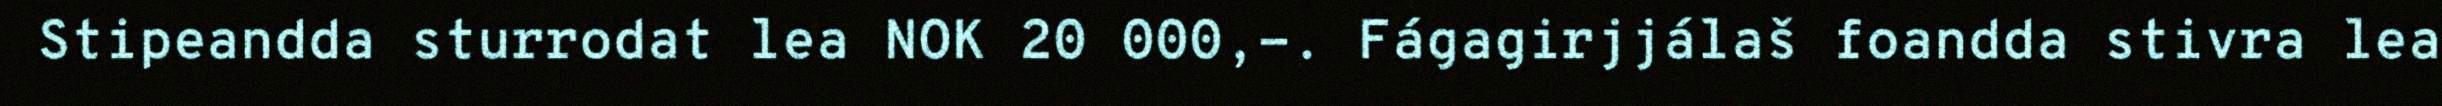
Stipeandda sturrodat lea NOK 20 000,-. Fágagirjjálaš foandda stivra lea